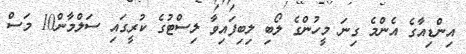
އިންޑިއާގެ އެންމެ ގިނަ މީހުންގެ ލޯބި ލިބިފައިވާ ލިސްޓުގެ ކުރީގައި ސަލްމާން10 މަސް